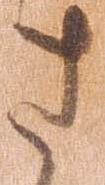
さ